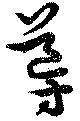
導